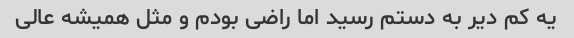
یه کم دیر به دستم رسید اما راضی بودم و مثل همیشه عالی